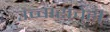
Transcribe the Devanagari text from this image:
उच्चारांचेही